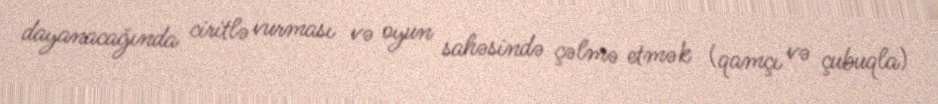
dayanacağında ciritlə vurması və oyun sahəsində çəlmə etmək (qamçı və çubuqla)